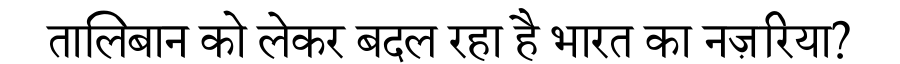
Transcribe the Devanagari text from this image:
तालिबान को लेकर बदल रहा है भारत का नज़रिया?